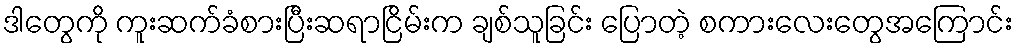
ဒါတွေကို ကူးဆက်ခံစားပြီးဆရာငြိမ်းက ချစ်သူခြင်း ပြောတဲ့ စကားလေးတွေအကြောင်း